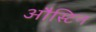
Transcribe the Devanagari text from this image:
औस्टिन